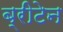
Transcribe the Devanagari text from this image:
ब्रीटेन